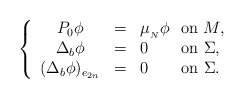
\begin{align*}\left \{ \begin{array}{ccl}P_{0}\phi & = & \mu _{_{N}}\phi \ \ \mathrm{on\ }M, \\ \Delta _{b}\phi & = & 0\ \ \ \ \ \ \mathrm{on\ }\Sigma , \\ (\Delta _{b}\phi )_{e_{2n}} & = & 0\ \ \ \ \ \ \mathrm{on}\ \Sigma .\end{array}\right. \end{align*}